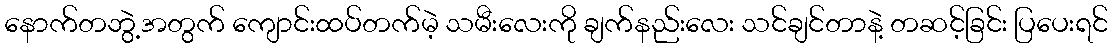
နောက်တဘွဲ့အတွက် ကျောင်းထပ်တက်မဲ့ သမီးလေးကို ချက်နည်းလေး သင်ချင်တာနဲ့ တဆင့်ခြင်း ပြပေးရင်